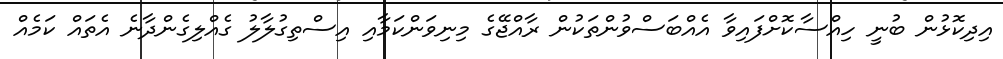
އިދިކޮޅުން ބުނީ ހިއްސާކޮށްފައިވާ އެއްބަސްވުންތަކުން ރާއްޖޭގެ މިނިވަންކަމާއި އިސްތިގުލާލު ގެއްލިގެންދާނެ އެތައް ކަމެއް